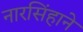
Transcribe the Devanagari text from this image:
नारसिंहाने